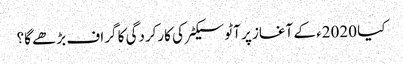
کیا 2020ء کے آغاز پر آٹو سیکٹر کی کارکردگی کا گراف بڑھے گا؟